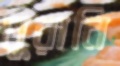
ঘুরানি